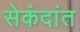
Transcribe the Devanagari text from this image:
सेकंदांत